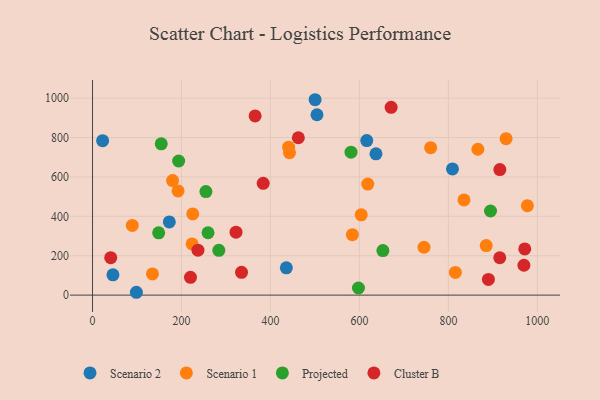
{"axis": {"x": "Ad Spend", "y": "Salary"}, "legend": ["Cluster B", "Projected", "Scenario 1", "Scenario 2"], "data": [{"x": "500.4", "y": 991.9, "type": "Scenario 2"}, {"x": "616.5", "y": 784.6, "type": "Scenario 2"}, {"x": "98.6", "y": 14.4, "type": "Scenario 2"}, {"x": "504.6", "y": 915.7, "type": "Scenario 2"}, {"x": "809.2", "y": 640.8, "type": "Scenario 2"}, {"x": "172.6", "y": 371.3, "type": "Scenario 2"}, {"x": "45.9", "y": 103.1, "type": "Scenario 2"}, {"x": "637.2", "y": 717.3, "type": "Scenario 2"}, {"x": "22.7", "y": 784.0, "type": "Scenario 2"}, {"x": "435.7", "y": 138.6, "type": "Scenario 2"}, {"x": "225.3", "y": 412.2, "type": "Scenario 1"}, {"x": "977.6", "y": 453.8, "type": "Scenario 1"}, {"x": "180.0", "y": 581.7, "type": "Scenario 1"}, {"x": "618.8", "y": 563.5, "type": "Scenario 1"}, {"x": "885.1", "y": 251.5, "type": "Scenario 1"}, {"x": "134.7", "y": 107.8, "type": "Scenario 1"}, {"x": "760.2", "y": 748.3, "type": "Scenario 1"}, {"x": "929.7", "y": 794.4, "type": "Scenario 1"}, {"x": "815.7", "y": 115.4, "type": "Scenario 1"}, {"x": "442.7", "y": 723.1, "type": "Scenario 1"}, {"x": "835.1", "y": 483.1, "type": "Scenario 1"}, {"x": "604.0", "y": 407.7, "type": "Scenario 1"}, {"x": "89.4", "y": 353.7, "type": "Scenario 1"}, {"x": "192.3", "y": 529.0, "type": "Scenario 1"}, {"x": "745.2", "y": 242.9, "type": "Scenario 1"}, {"x": "866.3", "y": 740.5, "type": "Scenario 1"}, {"x": "584.2", "y": 306.6, "type": "Scenario 1"}, {"x": "440.9", "y": 751.1, "type": "Scenario 1"}, {"x": "223.8", "y": 259.8, "type": "Scenario 1"}, {"x": "597.8", "y": 36.0, "type": "Projected"}, {"x": "193.6", "y": 680.8, "type": "Projected"}, {"x": "283.9", "y": 227.6, "type": "Projected"}, {"x": "148.7", "y": 316.3, "type": "Projected"}, {"x": "154.5", "y": 768.2, "type": "Projected"}, {"x": "259.7", "y": 316.6, "type": "Projected"}, {"x": "894.7", "y": 427.0, "type": "Projected"}, {"x": "254.9", "y": 525.8, "type": "Projected"}, {"x": "652.8", "y": 226.0, "type": "Projected"}, {"x": "581.1", "y": 725.8, "type": "Projected"}, {"x": "969.8", "y": 151.6, "type": "Cluster B"}, {"x": "40.9", "y": 189.9, "type": "Cluster B"}, {"x": "237.0", "y": 227.9, "type": "Cluster B"}, {"x": "462.7", "y": 798.9, "type": "Cluster B"}, {"x": "915.7", "y": 637.3, "type": "Cluster B"}, {"x": "335.0", "y": 115.7, "type": "Cluster B"}, {"x": "383.7", "y": 567.3, "type": "Cluster B"}, {"x": "915.5", "y": 189.6, "type": "Cluster B"}, {"x": "671.3", "y": 953.1, "type": "Cluster B"}, {"x": "971.7", "y": 234.4, "type": "Cluster B"}, {"x": "890.0", "y": 79.6, "type": "Cluster B"}, {"x": "220.2", "y": 90.5, "type": "Cluster B"}, {"x": "365.5", "y": 909.5, "type": "Cluster B"}, {"x": "322.6", "y": 319.6, "type": "Cluster B"}]}